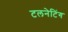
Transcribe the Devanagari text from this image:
टलनेटिंग